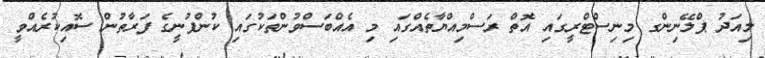
މިއަދު ޕްލޭނިންގ މިނިސްޓްރީގައި އޮތް ރަސްމިއްޔާތެއްގައި މި އެއްބަސްވުންތަކުގައި ކުންފުނީގެ ފަރާތުން ސޮއިކުރެއްވީ